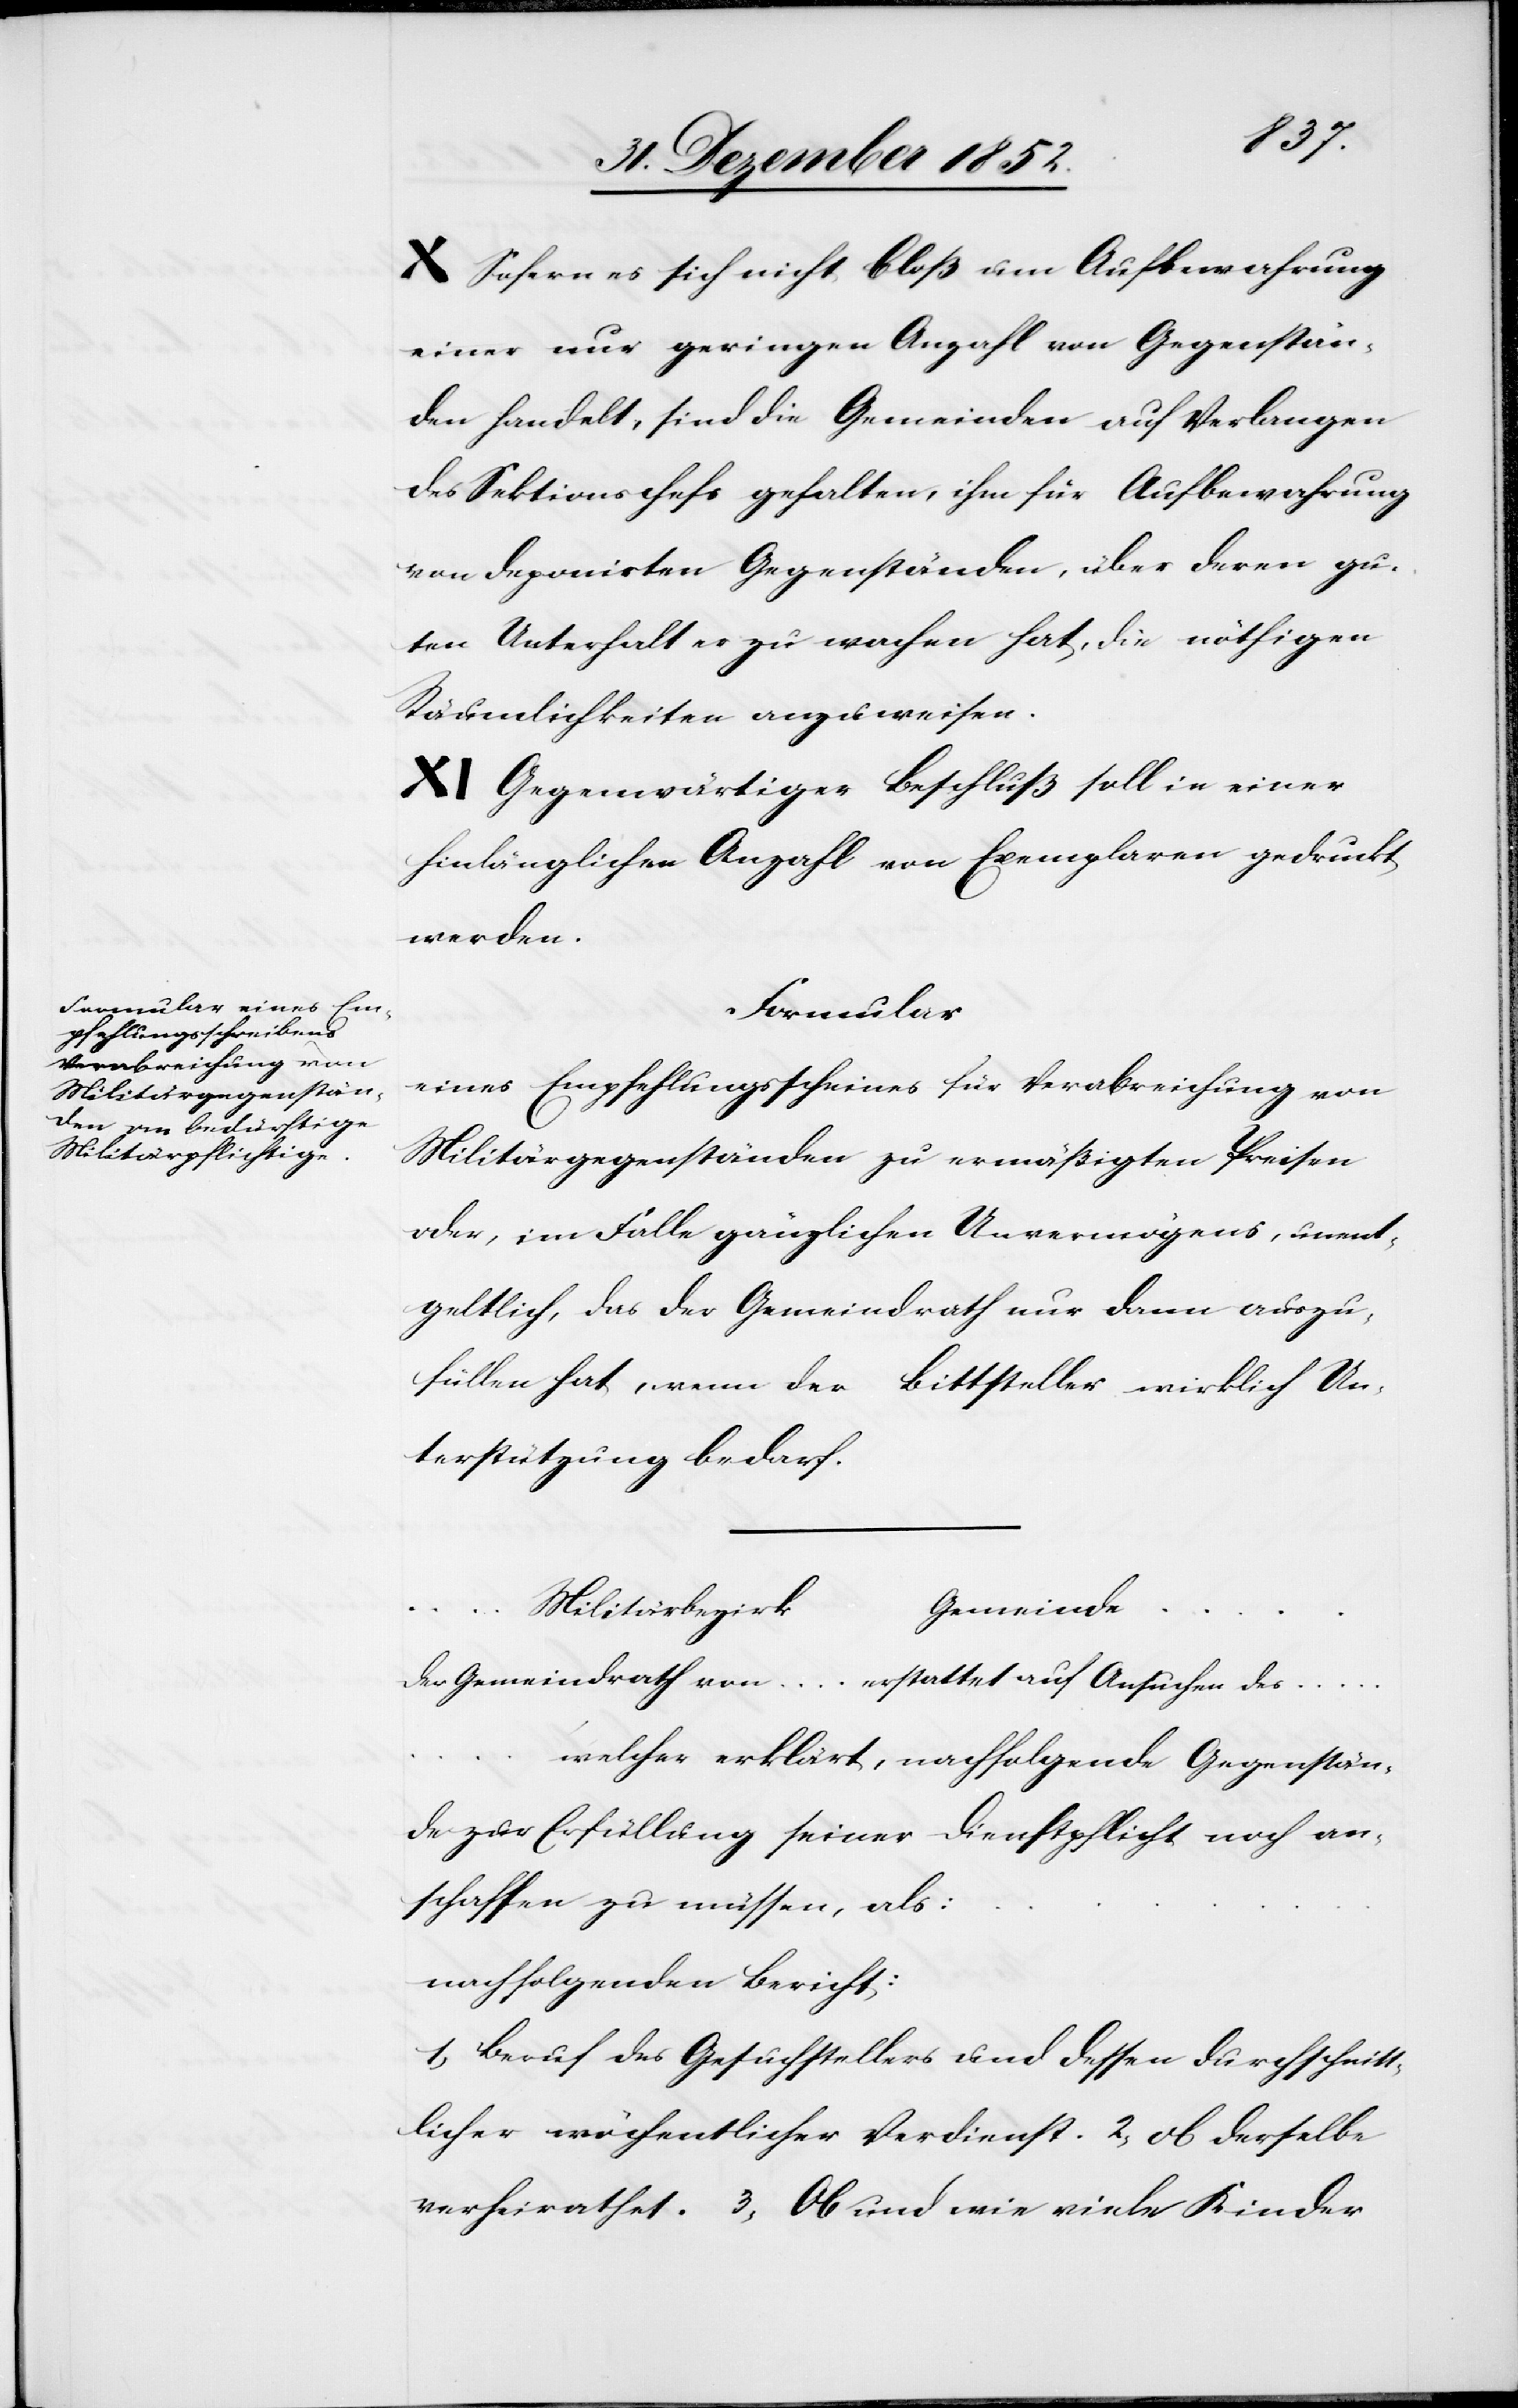
X Sofern es sich nicht bloß um Aufbewahrung
einer nur geringen Anzahl von Gegenstän¬
den handelt, sind die Gemeinden auf Verlangen
des Sektionschefs gehalten, ihm für Aufbewahrung
von deponirten Gegenständen, über deren gu¬
ten Unterhalt er zu wachen hat, die nöthigen
Räumlichkeiten anzuweisen.
XI Gegenwärtiger Beschluß soll in einer
hinlänglichen Anzahl von Exemplaren gedruckt
werden.
Formular
eines Empfehlungsscheines für Verabreichung von
Militärgegenständen zu ermäßigten Preisen
oder, im Falle gänzlichen Unvermögens, unent¬
geltlich, das der Gemeindrath nur dann auszu¬
füllen hat, wenn der Bittsteller wirklich Un¬
terstützung bedarf.
Gemeinde …
Militärbezirk
Der Gemeindrath von … erstattet auf Ansuchen des
welcher erklärt, nachfolgende Gegenstän¬
de zur Erfüllung seiner Dienstpflicht noch an¬
schaffen zu müssen, als:
nachfolgenden Bericht:
1, Beruf des Gesuchstellers und dessen durchschnitt¬
licher wöchentlicher Verdienst. 2, ob derselbe
verheirathet. 3, Ob und wie viele Kinder